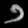
Digit: ၁